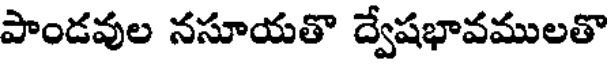
పాండవుల నసూయతొ ద్వేషభావములతొ